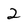
Character: 2